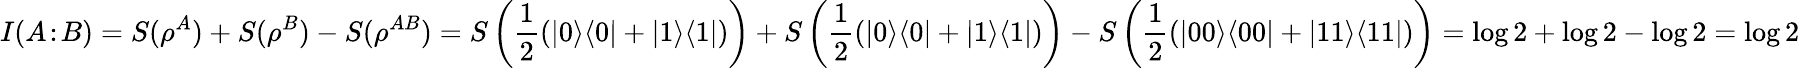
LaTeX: I(A\! :\! B)=S(\rho^{A})+S(\rho^{B})-S(\rho^{AB})=S\left({\frac{1}{2}}(|0\rangle\langle 0|+|1\rangle\langle 1|)\right)+S\left({\frac{1}{2}}(|0\rangle\langle 0|+|1\rangle\langle 1|)\right)-S\left({\frac{1}{2}}(|00\rangle\langle 00|+|11\rangle\langle 11|)\right)=\log 2+\log 2-\log 2=\log 2